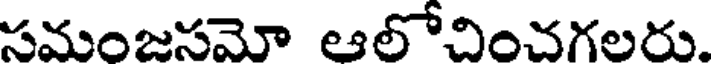
సమంజసమో ఆలోచించగలరు.